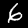
Digit: 6